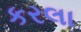
કરલા